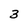
Character: 3